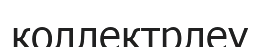
коллектрлеу